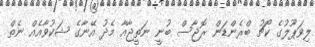
ލިވަޕޫލުގެ ކޯޗު ބްރެންޑަން ރޮޖާސް ބުނީ ނަތީޖާއާ މެދު އޭނާގެ ޝަކުވާއެއް ނެތް